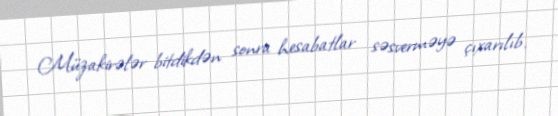
Müzakirələr bitdikdən sonra hesabatlar səsverməyə çıxarılıb.